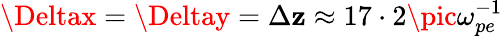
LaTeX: \Deltax=\Deltay=\Delta\mathbf{z}\approx17\cdot2\pic\omega_{pe}^{-1}